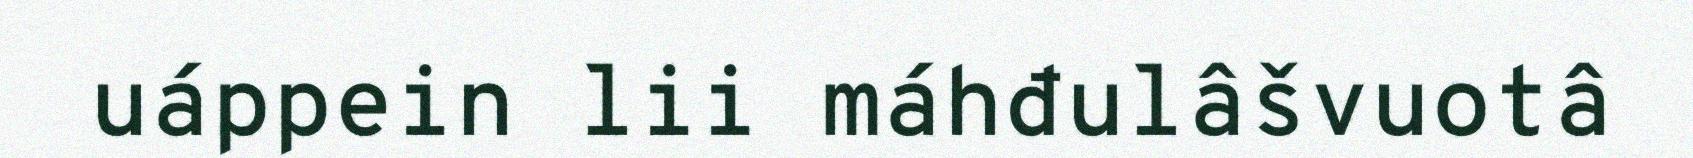
uáppein lii máhđulâšvuotâ